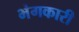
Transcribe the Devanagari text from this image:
भंगकारी